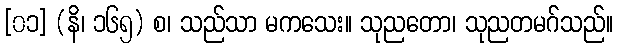
[၀၁] (နိ၊ ၁၆၅) စ၊ သည်သာ မကသေး။ သုညတော၊ သုညတမဂ်သည်။